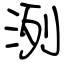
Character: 洌